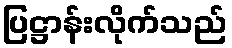
ပြဋ္ဌာန်းလိုက်သည်